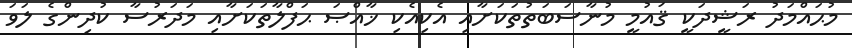
މުޙައްމަދު ރަޝީދަކީ ޤައުމީ މުނާސަބަތުތަކަށާއި އެކިއެކި ޚާއްޞަ ޙަފްލާތަކަށާއި މަދަރުސާ ކުދިންގެ ލަވަ